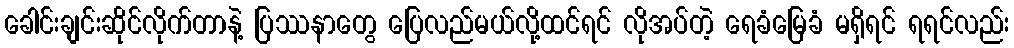
ခေါင်းချင်းဆိုင်လိုက်တာနဲ့ ပြဿနာတွေ ပြေလည်မယ်လို့ထင်ရင် လိုအပ်တဲ့ ရေခံမြေခံ မရှိရင် ရရင်လည်း